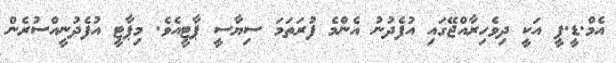
އެމް.ޑީ.ޕީ އަކީ ދިވެހިރާއްޖޭގައި އުފެދުނު އެންމެ ފުރަތަމަ ސިޔާސީ ޕާޓީއެވެ. މިޕާޓީ އުފެދުނީއްސުރެން